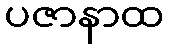
ပဇာနာထ